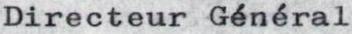
Directeur Général